Document type: Sale
Year: 1209
Scribe: Arnau de Torre
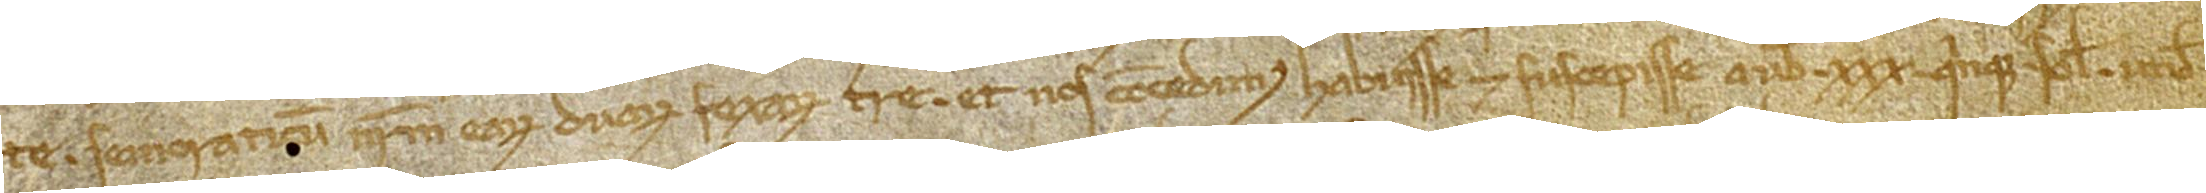
/ te senioraticum nostrum earum duarum fexarum terre. Et nos concedimus habuisse et suscepisse a vobis XXX quinque solidos, unde